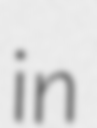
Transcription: in